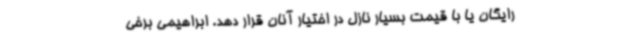
رایگان یا با قیمت بسیار نازل در اختیار آنان قرار دهد. ابراهیمی برخی